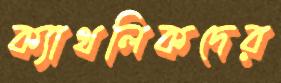
ক্যাথলিকদের